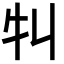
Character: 㸨